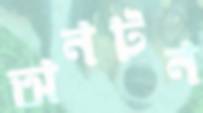
অনটন